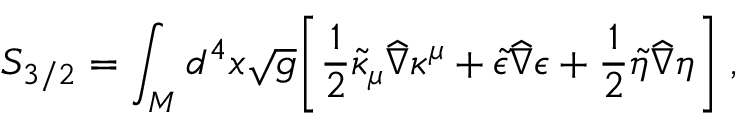
S _ { 3 / 2 } = \int _ { M } d ^ { 4 } x \sqrt { g } \biggr [ { \frac { 1 } { 2 } } \tilde { \kappa } _ { \mu } { \widehat \nabla } \kappa ^ { \mu } + \tilde { \epsilon } { \widehat \nabla } \epsilon + { \frac { 1 } { 2 } } \tilde { \eta } { \widehat \nabla } \eta \biggr ] \; ,